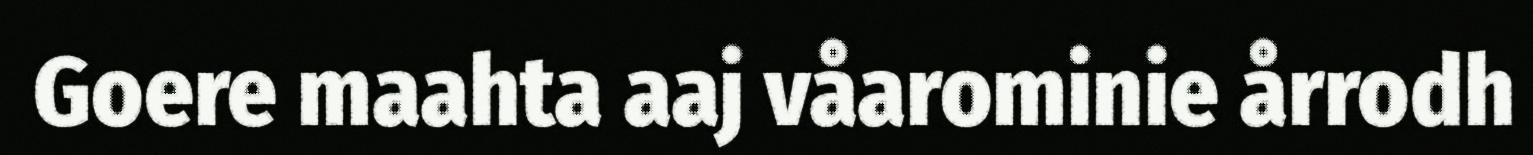
Goere maahta aaj våarominie årrodh